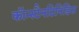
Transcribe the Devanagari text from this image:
कॉन्स्टैनटिनिडिस